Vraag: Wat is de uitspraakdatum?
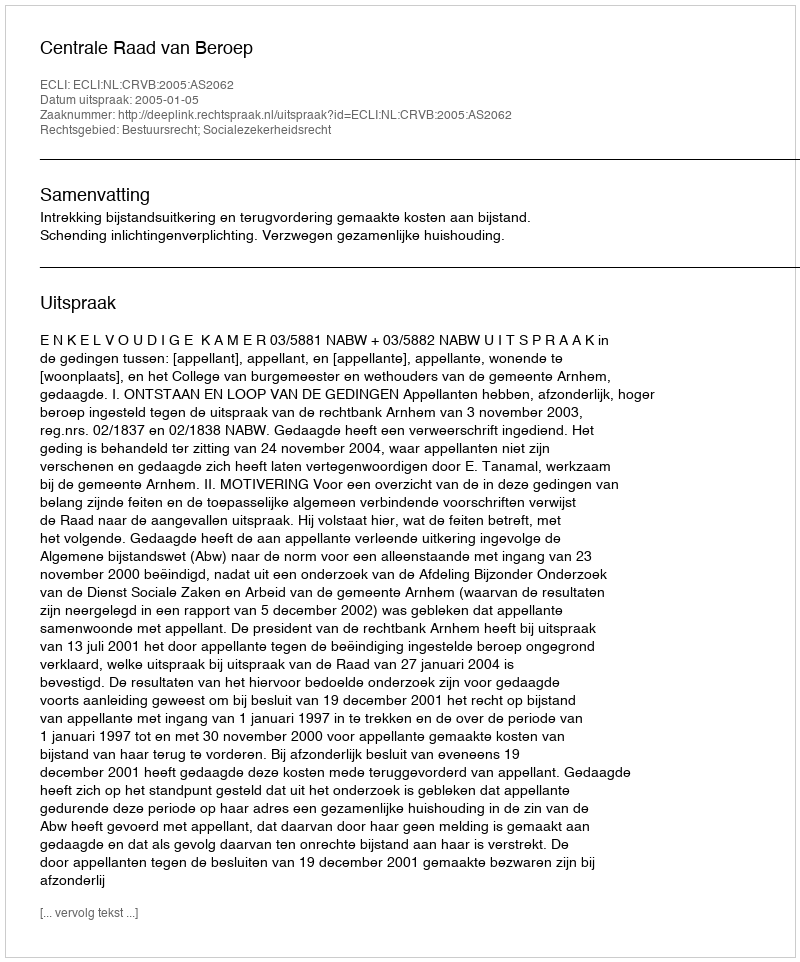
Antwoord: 2005-01-05